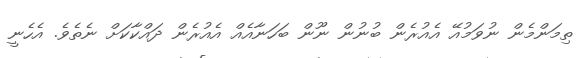
ތިމަންމެން ނުވަމުއޭ އެއުރެން ބުނުން ނޫން ބަހަނާއެއް އެއުރެން ދައްކާކަށް ނެތެވެ. އެހެނީ